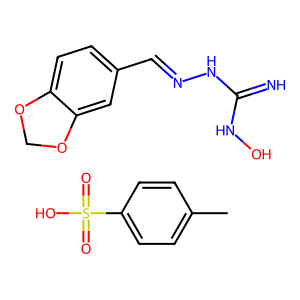
SMILES: Cc1ccc(S(=O)(=O)O)cc1.N=C(NO)NN=Cc1ccc2c(c1)OCO2
Inhibits HIV replication: No